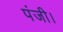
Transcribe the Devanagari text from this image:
पंजी।